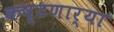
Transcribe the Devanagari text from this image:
कष्टणार्‍या